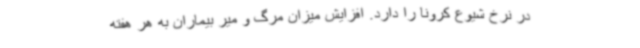
در نرخ شیوع کرونا را دارد. افزایش میزان مرگ و میر بیماران به هر هفته